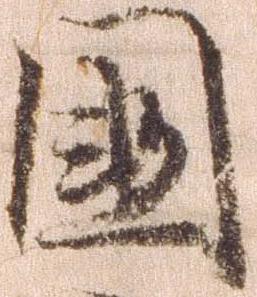
国